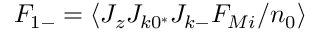
F _ { 1 - } = \left\langle J _ { z } J _ { k 0 ^ { * } } J _ { k - } F _ { M i } / n _ { 0 } \right\rangle